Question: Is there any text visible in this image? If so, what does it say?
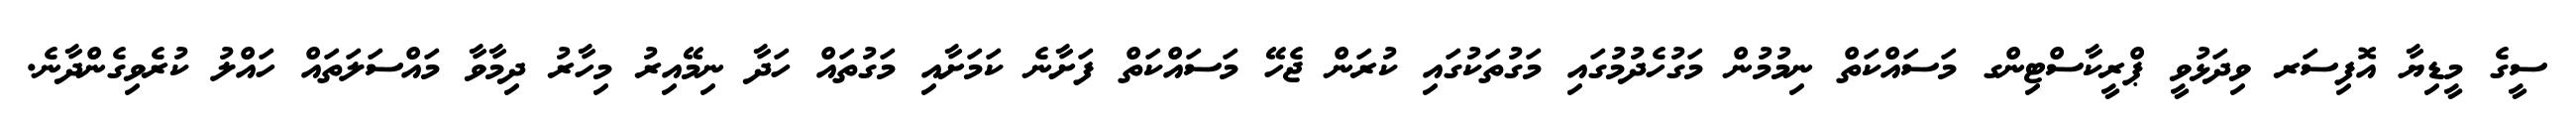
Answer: ސީގެ މީޑިޔާ އޮފިސަރ ވިދަޅުވީ ޕްރީކާސްޓިންގ މަސައްކަތް ނިމުމުން މަގުހެދުމުގައި މަގުތަކުގައި ކުރަން ޖެހޭ މަސައްކަތް ފަށާނެ ކަމަށާއި މަގުތައް ހަދާ ނިމޭއިރު މިހާރު ދިމާވާ މައްސަލަތައް ހައްލު ކުރެވިގެންދާނެ.